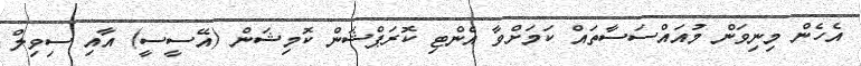
އެހެން މިނިވަން މުއައްސަސާތައް ކަމަށްވާ އެންޓި ކޮރަޕްޝަން ކޮމިޝަން (އޭސީސީ) އާއި ސިވިލް